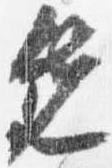
先